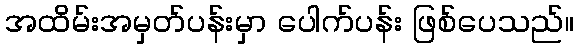
အထိမ်းအမှတ်ပန်းမှာ ပေါက်ပန်း ဖြစ်ပေသည်။